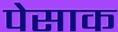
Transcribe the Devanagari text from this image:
पेसाक